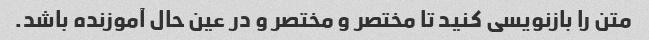
متن را بازنویسی کنید تا مختصر و مختصر و در عین حال آموزنده باشد.